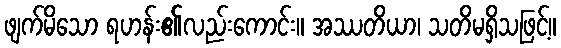
ဖျက်မိသော ရဟန်း၏လည်းကောင်း။ အဿတိယာ၊ သတိမရှိသဖြင့်။